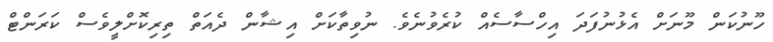
ހޫނުކަން މޫނަށް އެޅުނުފަދަ އިހްސާސެއް ކުރެވުނެވެ. ނުވިތާކަށް އިޝާން ދެއަތް ތިރިކޮށްލީވެސް ކަރަންޓް